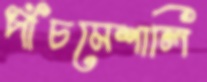
পাঁচমেশালি